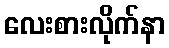
လေးစားလိုက်နာ